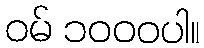
ဝမ် ၁၀၀၀ပါ။